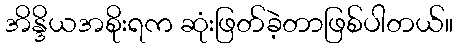
အိန္ဒိယအစိုးရက ဆုံးဖြတ်ခဲ့တာဖြစ်ပါတယ်။